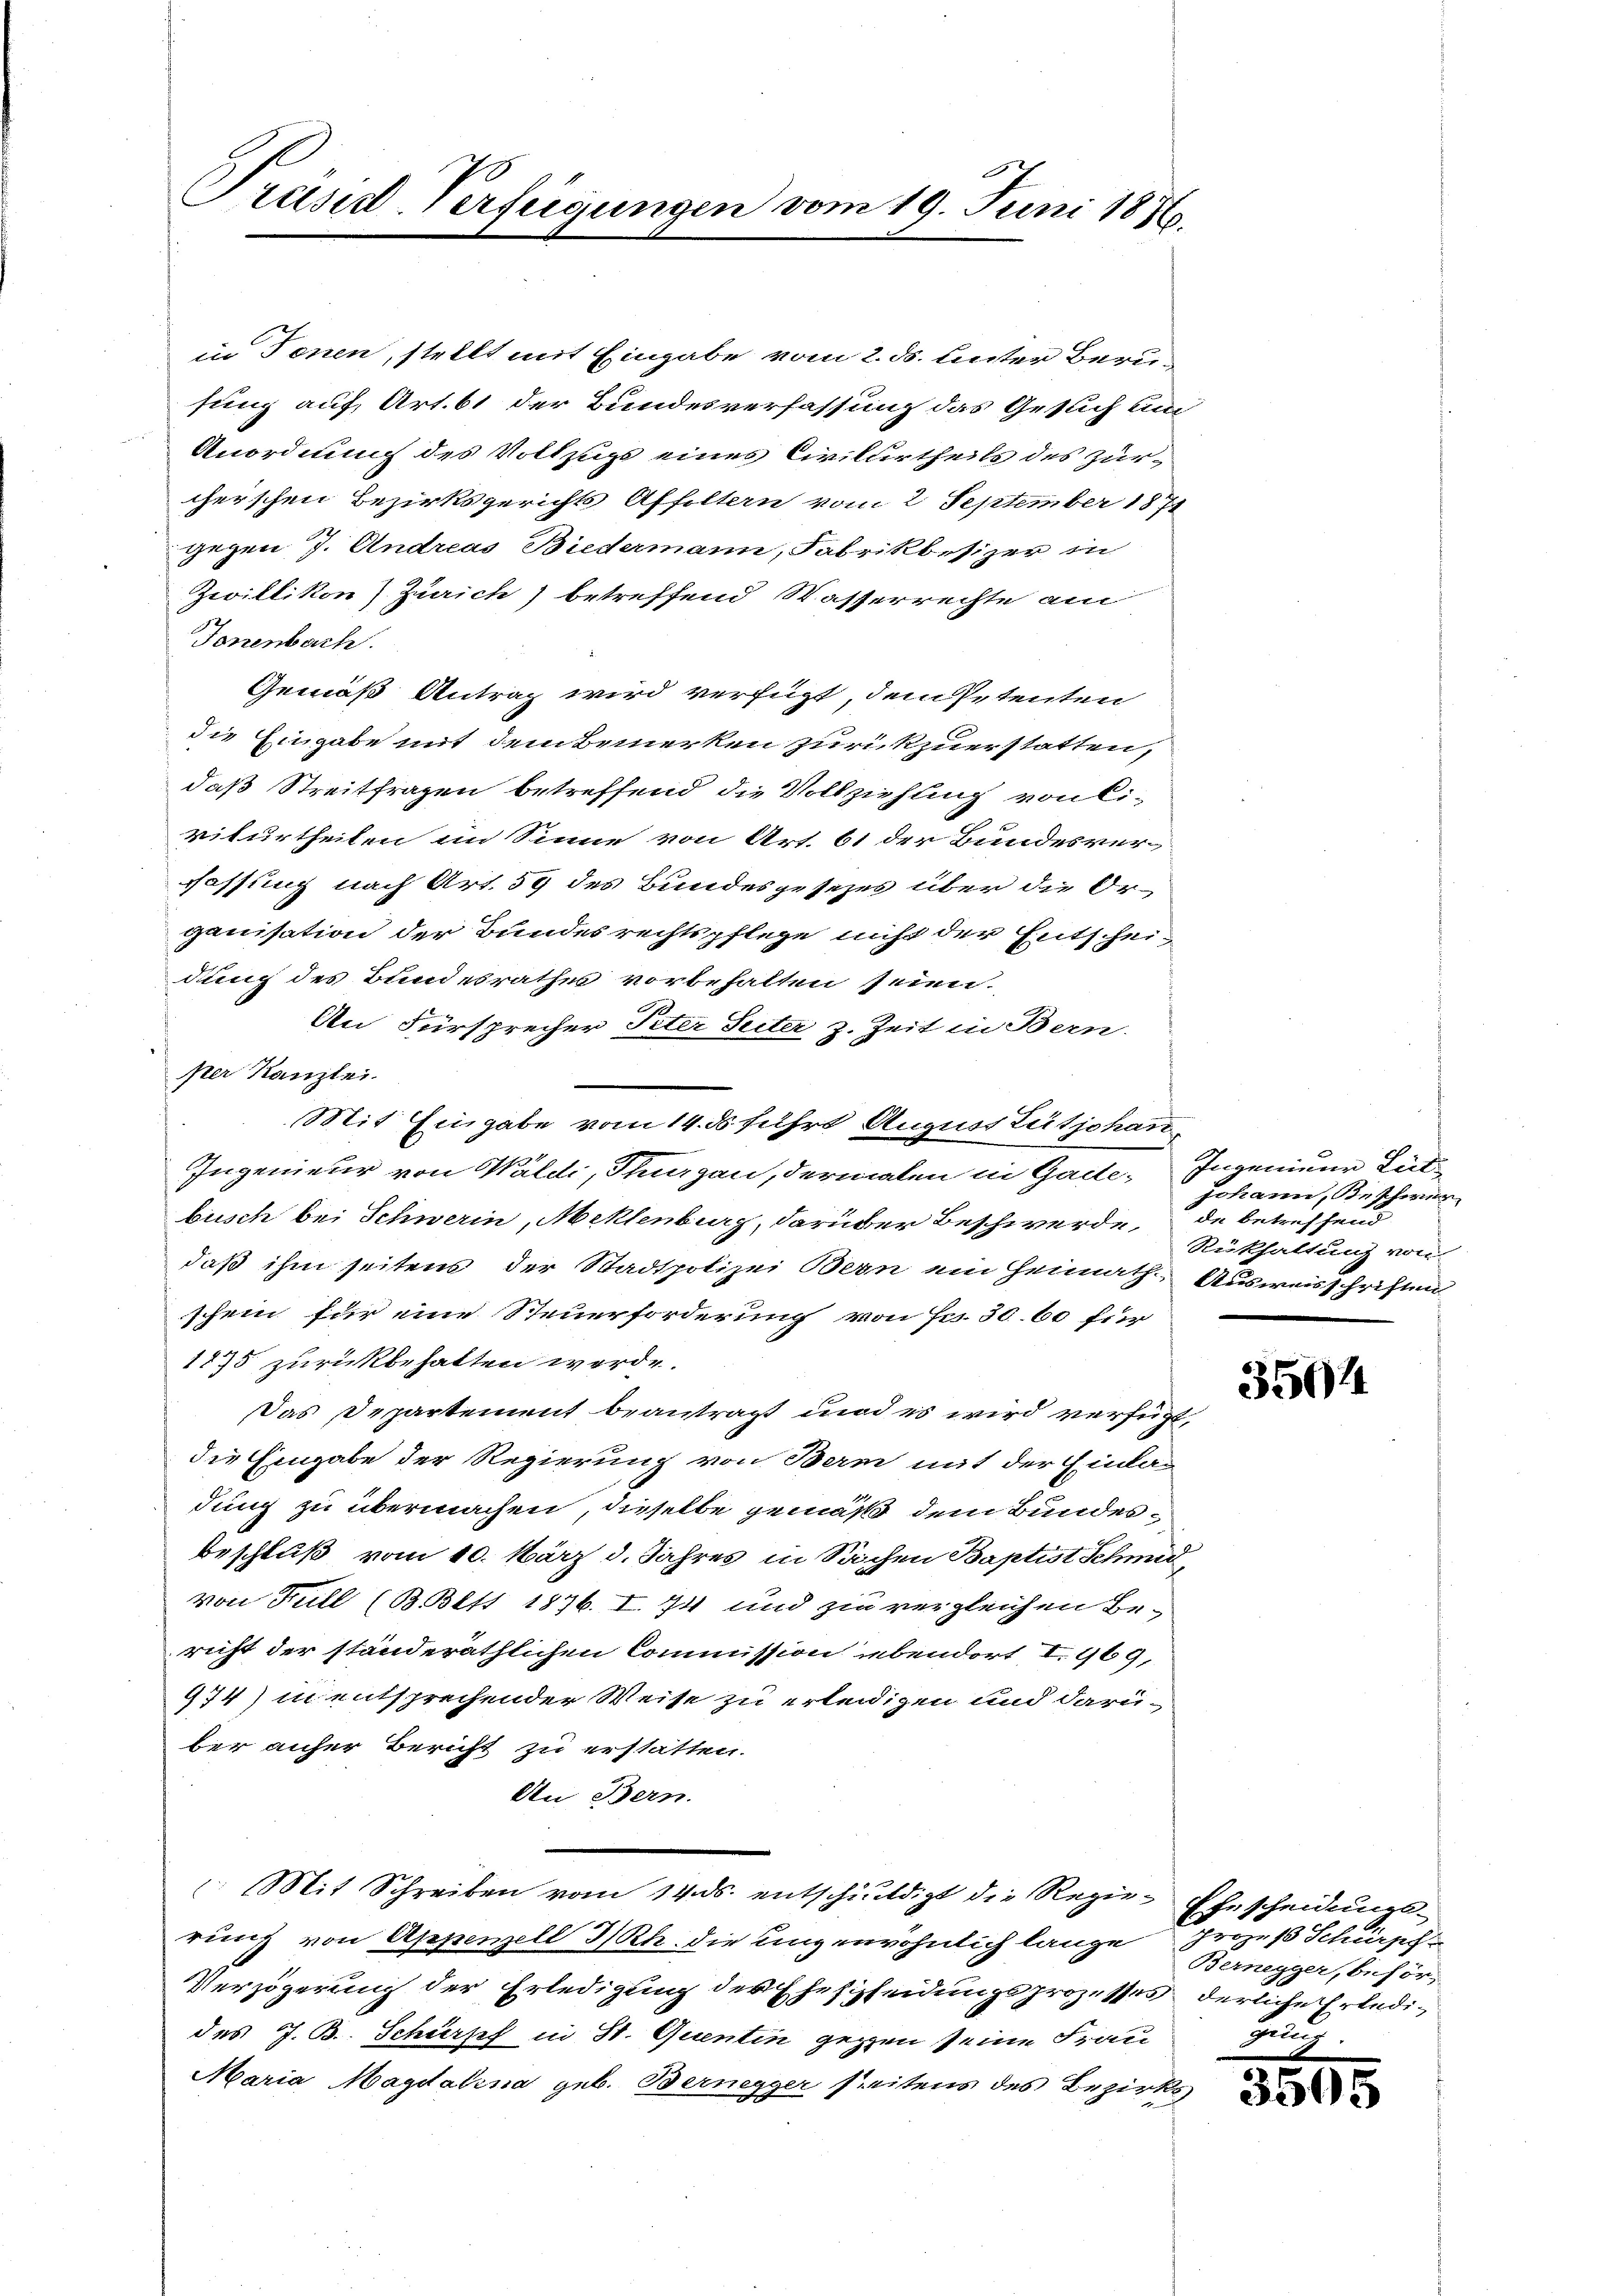
Präsid-Verfügungen vom 19. Juni 1876.

in Tonen, stellt mit Eingabe vom 2. ds. Unter Berufung auf, Art. 61 der Bundesverfassung das Gesuch um
Anordnung des Vollzugs eines Civilurtheils des Zürcherschen Bezirksgerichts Affoltern vom 2. September 1871
gegen 7. Andreas Biedermann, Fabrikbesizer in
Zwillikon) Zürich) betreffend Wasserrechte am
Jonenbach.
Gemäß Antrag wird verfügt, dem Petenten
die Eingabe mit dem Bemerken zurückzuerstatten,
daß Streitfragen betreffend die Vollziehung von Civilurtheilen im Sinne von Art. 61 der Bundesver-
fassung nach Art. 59 des Bundesgesezes über die Organisation der Bundesrechtspflege nicht der Entscheidung des Bundesrathes vorbehalten seien.
An Fürsprecher Peter Seiter z. Zeit in Bern.
per Kanzlei.
Ingenieur von Wald, Thurgau, dermalen in Gade, Ingenieur Lütbusch bei Schwerin, Meklenburg, darüber Beschwerde, de betreffend
daß ihm seitens der Stadtpolizei Bern ein Heimath Ausweisschriften
schein für eine Steuerforderung von Fr. 30. 60 für
1875. zurückbehalten werde.
Das Departement beantragt und es wird verfügt,
die Eingabe der Regierung von Bern mit der Einlan
dung zu übermachen, dieselbe gemäß dem Bundesbeschluß vom 10. März d. Jahres in Sachen Baptist Schmid,
von Full (B. Bett 1876. I. 74 und zin vergleichen Be-
richt der ständeräthlichen Commission ebendort I. 969,
974) in entsprechender Weise zu erleidigen und darü-
ber anher Bericht zu erstatten.
An Bern.
 Mit Schreiben vom 14. ds. entschuldigt die Regierung von Appenzell I/Rh. die ungewöhnlich lange Prozeß Schürph
Verzögerung der Erledigung der Ehescheidungsprozesses derliche Erledides J. B. Schürzef in St. Quentin gegen seine Frau
Maria Magdalena geb. Bernegger freitens des Bezirks

Mit Eingabe vom 14. ds führt August Lütjohann

Johann, Beschwer
Rükhaltung von

3504

Ehescheidungs-
Bernegger, beför¬
Hun.

3615